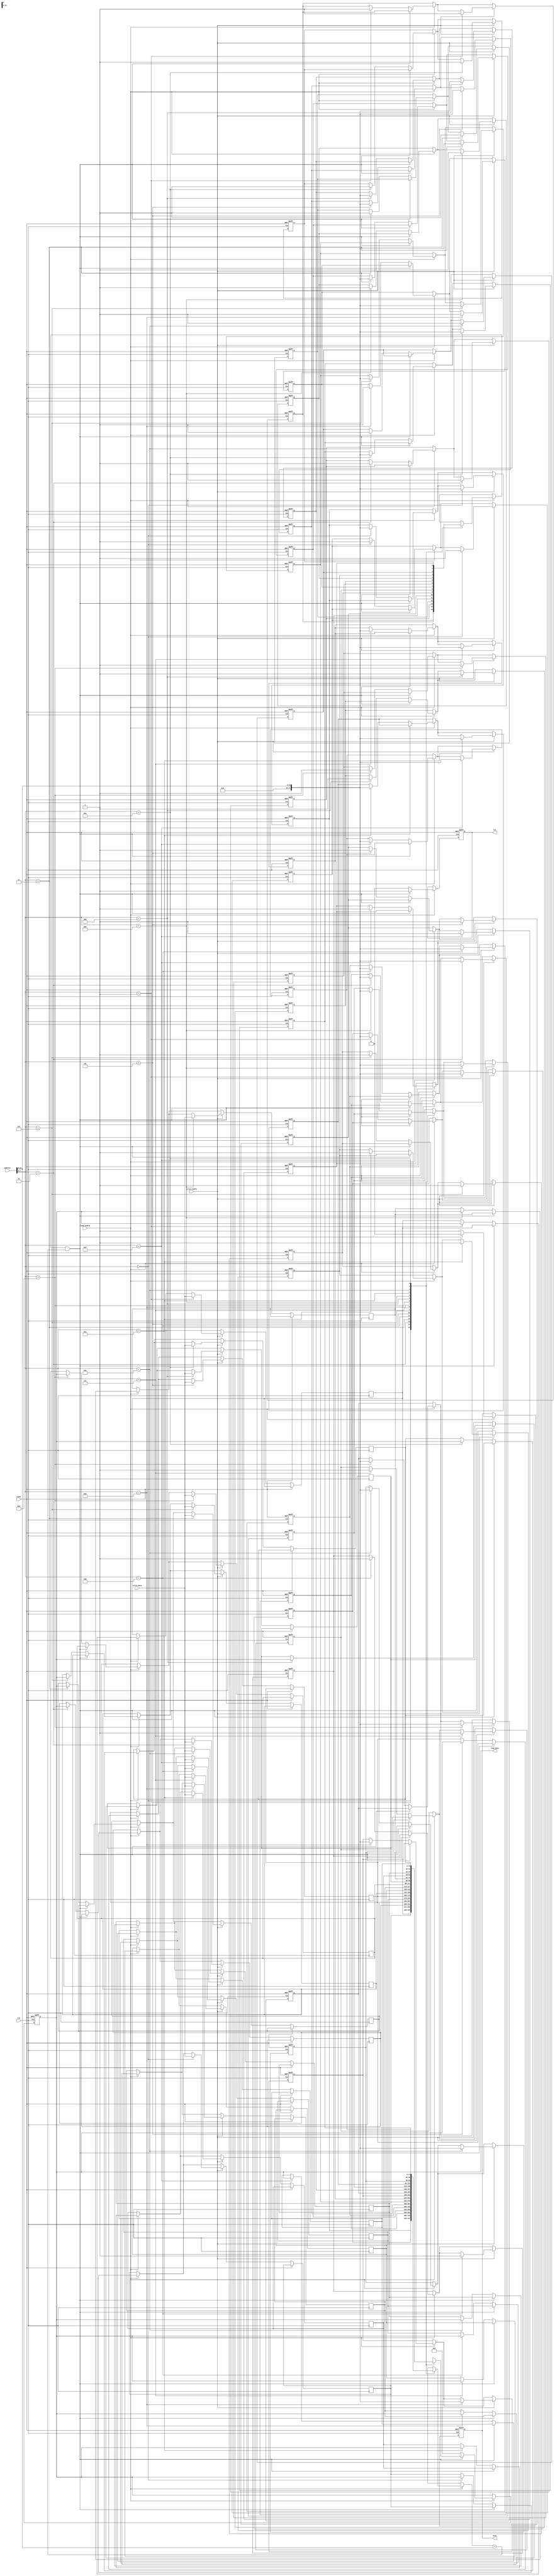
module WriteThroughCache #(
    parameter CACHE_SIZE = 256,      // Size of cache in bytes
    parameter BLOCK_SIZE = 16,        // Size of each block in bytes
    parameter ADDRESS_WIDTH = 32      // Width of address bus
) (
    input wire clk,
    input wire reset,
    input wire [ADDRESS_WIDTH-1:0] address, // Address input
    input wire [BLOCK_SIZE-1:0] write_data, // Data to write
    input wire write_enable,               // Write enable signal
    input wire read_enable,                // Read enable signal
    output reg [BLOCK_SIZE-1:0] read_data, // Data read from cache
    output reg hit,                        // Hit signal
    output reg miss                        // Miss signal
);

    localparam NUM_BLOCKS = CACHE_SIZE / BLOCK_SIZE;
    localparam INDEX_WIDTH = $clog2(NUM_BLOCKS);
    localparam OFFSET_WIDTH = $clog2(BLOCK_SIZE);
    
    // Cache structure
    reg [BLOCK_SIZE-1:0] cache_data[0:NUM_BLOCKS-1]; // Data array
    reg [ADDRESS_WIDTH - OFFSET_WIDTH - 1:0] cache_tags[0:NUM_BLOCKS-1]; // Tag array
    reg valid_bits[0:NUM_BLOCKS-1]; // Valid bits for cache lines

    // Cache operation
    wire [INDEX_WIDTH-1:0] index;
    wire [ADDRESS_WIDTH - OFFSET_WIDTH - 1:0] tag;
    wire [OFFSET_WIDTH-1:0] offset;

    assign index = address[OFFSET_WIDTH +: INDEX_WIDTH];
    assign tag = address[ADDRESS_WIDTH - 1:OFFSET_WIDTH + INDEX_WIDTH];
    assign offset = address[OFFSET_WIDTH - 1:0];

    // Initialization and Reset logic
    integer i;
    always @(posedge clk or posedge reset) begin
        if (reset) begin
            for (i = 0; i < NUM_BLOCKS; i = i + 1) begin
                valid_bits[i] <= 0;
                cache_tags[i] <= 0;
            end
            read_data <= 0;
            hit <= 0;
            miss <= 0;
        end else begin
            // Read operation
            if (read_enable) begin
                if (valid_bits[index] && (cache_tags[index] == tag)) begin
                    // Cache hit
                    read_data <= cache_data[index];
                    hit <= 1;
                    miss <= 0;
                end else begin
                    // Cache miss
                    // Fetch from main memory (simulated here)
                    read_data <= /* Memory Read Logic */ 0; // Placeholder for memory read logic
                    // Update cache on miss
                    cache_data[index] <= read_data; // Update cache with new data
                    cache_tags[index] <= tag; // Update tag
                    valid_bits[index] <= 1; // Mark this block as valid
                    hit <= 0;
                    miss <= 1;
                end
            end
            
            // Write operation
            if (write_enable) begin
                // Update cache
                cache_data[index] <= write_data; // Write to cache
                cache_tags[index] <= tag; // Update tag
                valid_bits[index] <= 1; // Mark this block as valid
                // Simultaneously write to main memory (simulated here)
                // Memory Write Logic /* Placeholder for memory write logic */ 
            end
        end
    end
endmodule